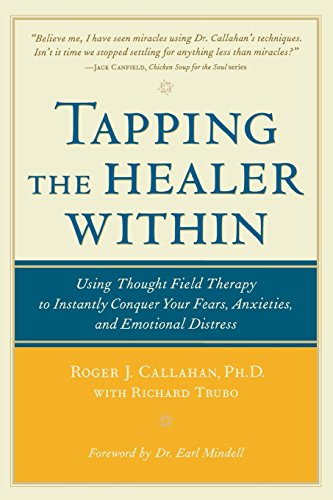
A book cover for Tapping the Healer Within: Using Thought-Field Therapy to Instantly Conquer Your Fears, Anxieties, and Emotional Distress; Roger Callahan; Health, Fitness & Dieting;